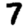
Digit: 7